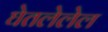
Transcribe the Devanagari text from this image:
घेतलेलेल